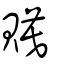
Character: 𧷸